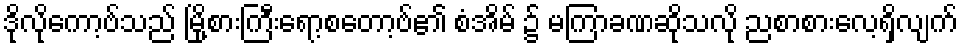
ဒိုလိုကော့ဗ်သည် မြို့စားကြီးရော့စတော့ဗ်၏ စံအိမ် ၌ မကြာခဏဆိုသလို ညစာစားလေ့ရှိလျက်